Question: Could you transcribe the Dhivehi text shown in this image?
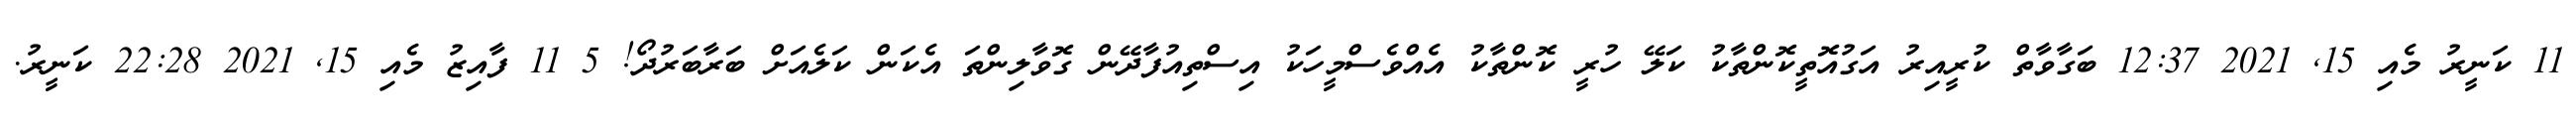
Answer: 11 ކަނީރު މެއި 15, 2021 12:37 ބަގާވާތް ކުރީއިރު އަގުއޮތީކޮންތާކު ކަލޭ ހުރީ ކޮންތާކު އެއްވެސްމީހަކު އިސްތިއުފާދޭން ގޮވާލިންތަ އެކަން ކަލެއަށް ބަރާބަރުދޯ! 5 11 ފާއިޒު މެއި 15, 2021 22:28 ކަނީރު.